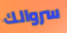
سروالك